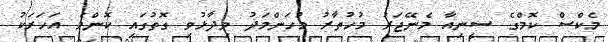
މެކްސް ކޮމްގެ ސީނިއާ މެނޭޖަރު މުހުތާރު މުހަންމަދު ވިދާޅުވި ގޮތުގައި ކޮންމެ އަހަރަކު